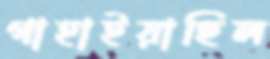
গাহাইয়াছিল